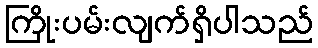
ကြိုးပမ်းလျက်ရှိပါသည်